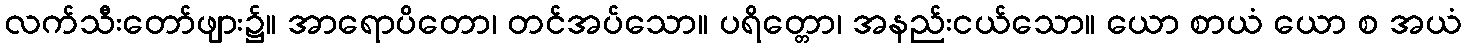
လက်သီးတော်ဖျား၌။ အာရောပိတော၊ တင်အပ်သော။ ပရိတ္တော၊ အနည်းငယ်သော။ ယော စာယံ ယော စ အယံ